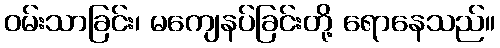
ဝမ်းသာခြင်း၊ မကျေနပ်ခြင်းတို့ ရောနေသည်။